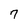
Character: 7